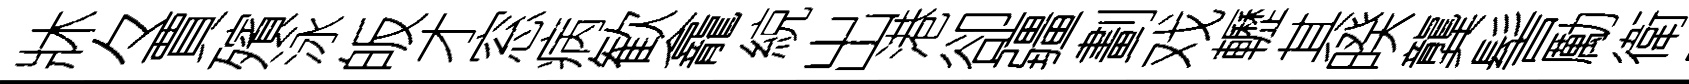
牀々賈殯泳皈才窓病歓龕綂出港卻疆劃戏轣其暌龔髻勵衛崈